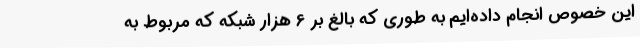
این خصوص انجام داده‌ایم به طوری که بالغ بر 6 هزار شبکه که مربوط به